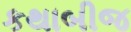
કથાબીજ